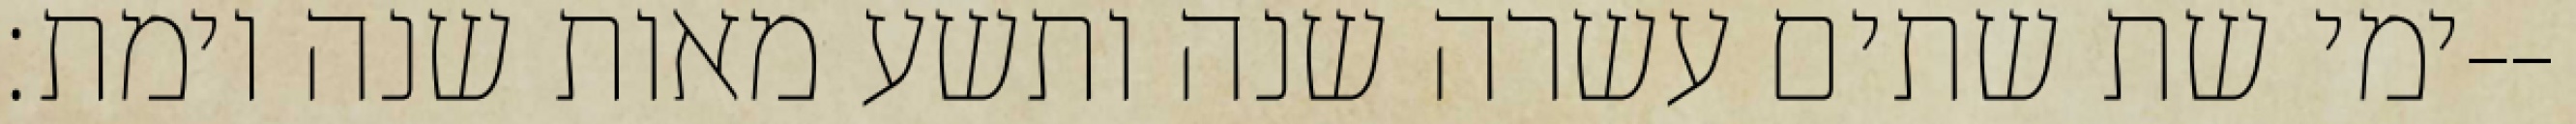
ימי שת שתים עשרה שנה ותשע מאות שנה וימת׃--